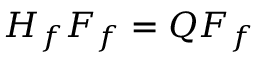
H _ { f } F _ { f } = Q F _ { f }